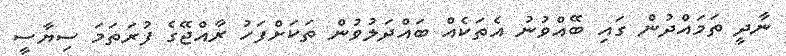
ނާދީ ތަމައްދުން ގައި ބޭއްވުނު އެތަކެއް ބައްދަލުވުން ތަކަށްފަހު ރާއްޖޭގެ ފުރަތަމަ ސިޔާސީ